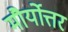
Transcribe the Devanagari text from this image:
मौर्योत्तर